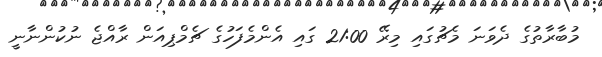
މުބާރާތުގެ ދެވަނަ މެޗުގައި މިރޭ 21:00 ގައި އެންމެފަހުގެ ޗެމްޕިއަން ރާއްޖެ ނުކުންނާނީ